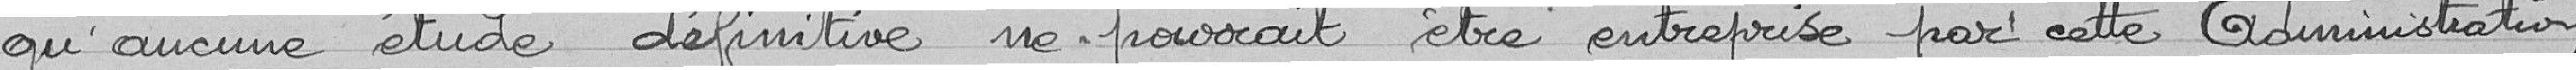
qu'aucune étude définitive ne pourrait être entreprise par cette Administration